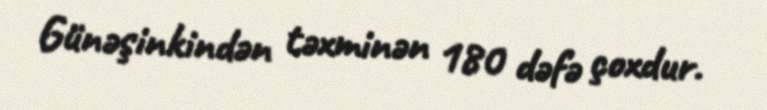
Günəşinkindən təxminən 180 dəfə çoxdur.